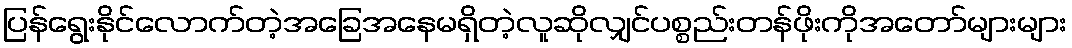
ပြန်ရွေးနိုင်လောက်တဲ့အခြေအနေမရှိတဲ့လူဆိုလျှင်ပစ္စည်းတန်ဖိုးကိုအတော်များများ